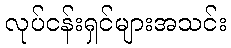
လုပ်ငန်းရှင်များအသင်း